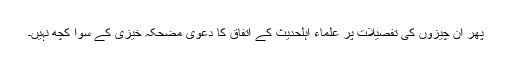
پھر ان چیزوں کی تفصیلات پر علماء اہلحدیث کے اتفاق کا دعویٰ مضحکہ خیزی کے سوا کچھ نہیں۔